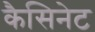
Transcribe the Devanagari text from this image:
कैसिनेट